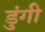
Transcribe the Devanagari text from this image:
डुंगी